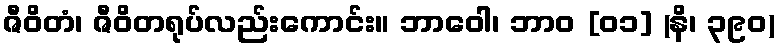
ဇီဝိတံ၊ ဇီဝိတရုပ်လည်းကောင်း။ ဘာဝေါ၊ ဘာဝ [၀၁] (နိ၊ ၃၉၀)